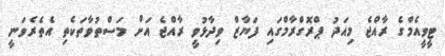
ޓީވީއެމްގެ ރާއްޖެ މިއަދު ޕްރޮގްރާމްގައި ފަޔާޒް ވިދާޅުވީ ރާއްޖެ އަށް މަސްތުވާތަކެތި އެތެރެވަނީ